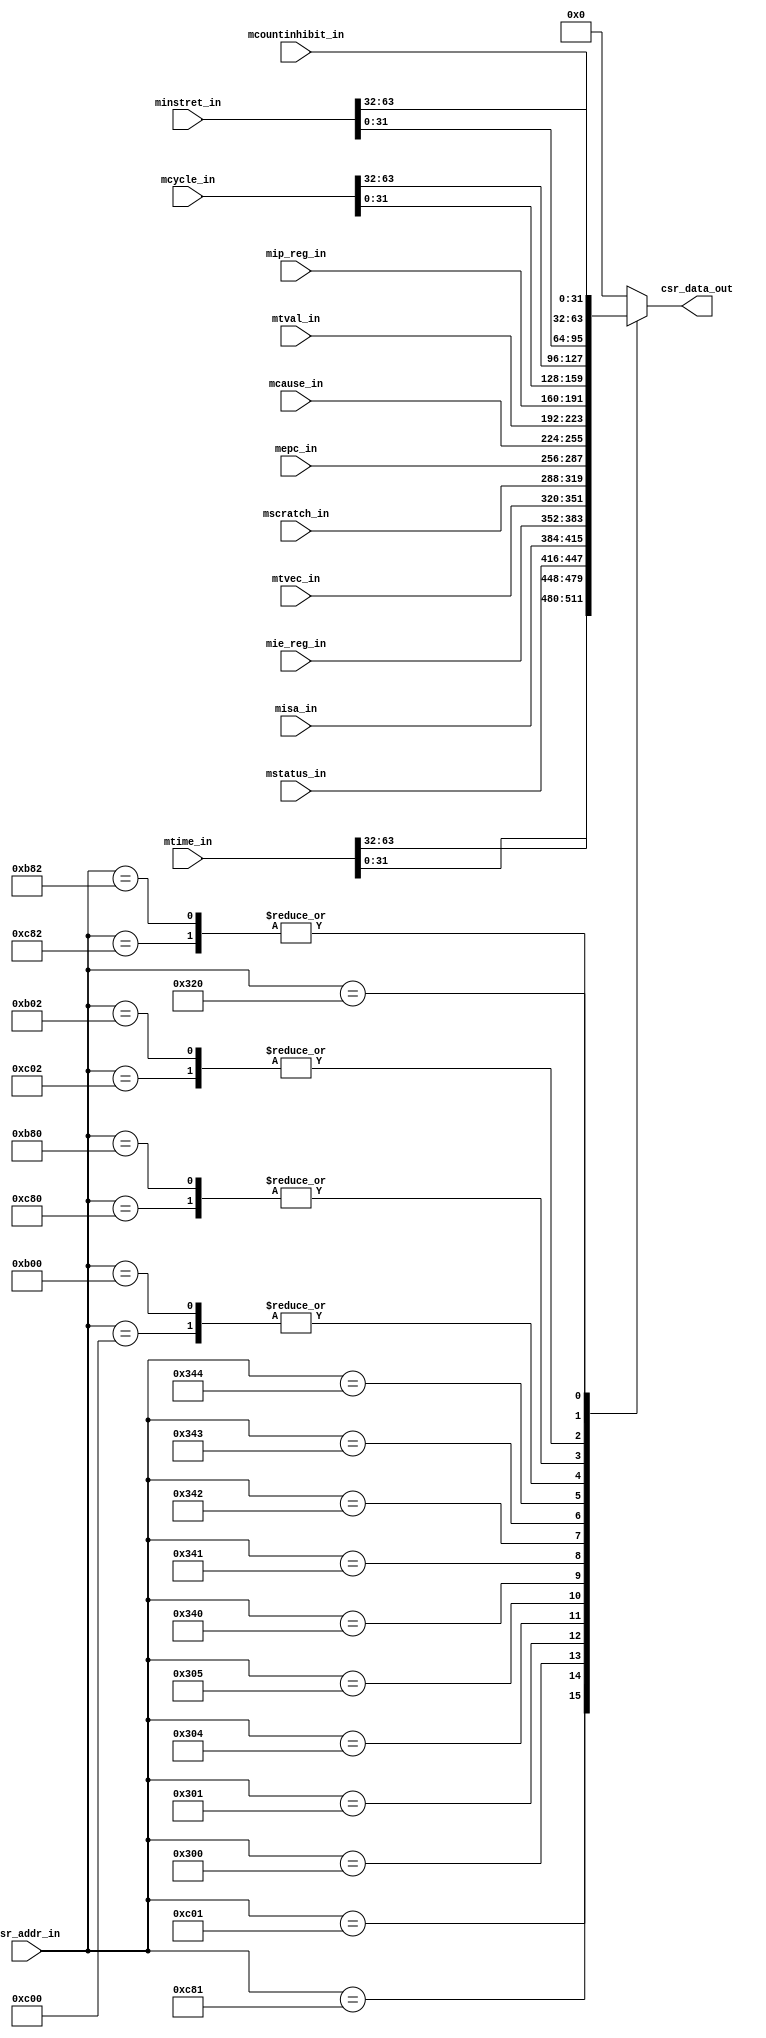

module csr_data_mux_unit ( input      [11:0] csr_addr_in,
			   input      [63:0] mcycle_in,mtime_in,minstret_in,
			   input      [31:0] mscratch_in,mip_reg_in,mtval_in,mcause_in,mepc_in,mtvec_in,mstatus_in,misa_in,mie_reg_in,mcountinhibit_in,
			   output reg [31:0] csr_data_out
);

   
   
   
   parameter CYCLE     =         12'hC00;
   parameter TIME      =         12'hC01;
   parameter INSTRET   =         12'hC02;
   parameter CYCLEH    =         12'hC80;
   parameter TIMEH     =         12'hC81;
   parameter INSTRETH  =         12'hC82;
   

   parameter MSTATUS   =         12'h300;
   parameter MISA      =         12'h301;
   parameter MIE       =         12'h304;
   parameter MTVEC     =         12'h305;
   
  
   parameter MSCRATCH  =         12'h340;
   parameter MEPC      =         12'h341;
   parameter MCAUSE    =         12'h342;
   parameter MTVAL     =         12'h343;
   parameter MIP       =         12'h344;  
  
   parameter MCYCLE    =         12'hB00;
   parameter MINSTRET  =         12'hB02;
   parameter MCYCLEH   =         12'hB80;
   parameter MINSTRETH =         12'hB82;
   
   
   parameter MCOUNTINHIBIT =   12'h320;
   
   always @(*)
   begin
      case(csr_addr_in)
         CYCLE:         csr_data_out = mcycle_in[31:0];
         CYCLEH:        csr_data_out = mcycle_in[63:32];
         TIME:          csr_data_out = mtime_in[31:0];
         TIMEH:         csr_data_out = mtime_in[63:32];
         INSTRET:       csr_data_out = minstret_in[31:0];
         INSTRETH:      csr_data_out = minstret_in[63:32];
         MSTATUS:       csr_data_out = mstatus_in;
         MISA:          csr_data_out = misa_in;
         MIE:           csr_data_out = mie_reg_in;
         MTVEC:         csr_data_out = mtvec_in;
         MSCRATCH:      csr_data_out = mscratch_in;
         MEPC:          csr_data_out = mepc_in;
         MCAUSE:        csr_data_out = mcause_in;
         MTVAL:         csr_data_out = mtval_in;
         MIP:           csr_data_out = mip_reg_in;
         MCYCLE:        csr_data_out = mcycle_in[31:0];
         MCYCLEH:       csr_data_out = mcycle_in[63:32];
         MINSTRET:      csr_data_out = minstret_in[31:0];
         MINSTRETH:     csr_data_out = minstret_in[63:32];
         MCOUNTINHIBIT: csr_data_out = mcountinhibit_in;
         default:        csr_data_out = 32'b0;
      endcase
    end


endmodule